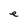
Character: e